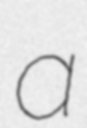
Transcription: a